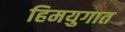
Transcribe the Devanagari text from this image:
हिमयुगात